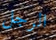
الرجل